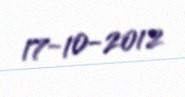
17-10-2012